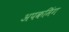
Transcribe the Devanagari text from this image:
अपकमिंग